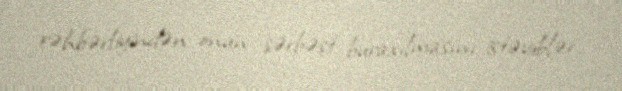
rəhbərliyindən onun sərbəst buraxılmasını istəyiblər.